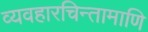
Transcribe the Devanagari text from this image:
व्यवहारचिन्तामाणि